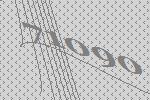
71090